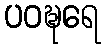
ပဝဍ္ဎရေ